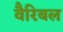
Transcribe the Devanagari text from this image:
वैरिबल